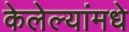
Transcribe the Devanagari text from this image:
केलेल्यांमधे